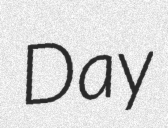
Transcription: Day